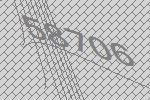
58706